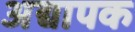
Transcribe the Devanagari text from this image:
अद्यापक